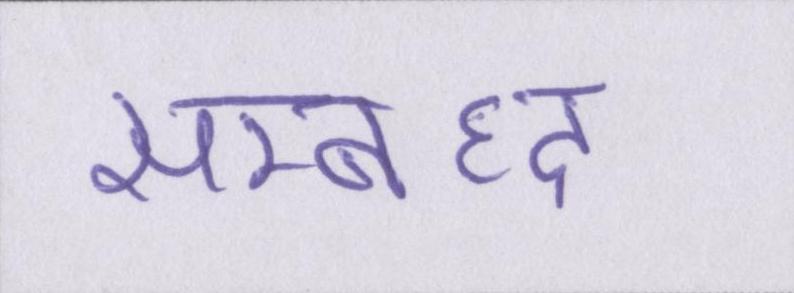
सम्बध्द